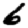
Digit: 6